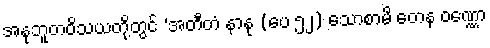
အနုဘူတဝိသယတို့တွင် ‘အတီတံ နာနု (ပေ ၅၂) သောစာမိ တေန ဝဏ္ဏော